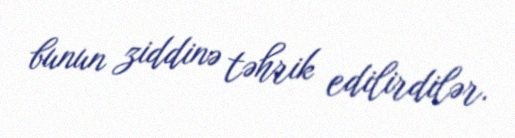
bunun ziddinə təhrik edilirdilər.